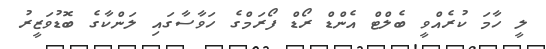
ލީ ހާމަ ކުރެއްވީ ބެލްޓް އެންޑް ރޯޑް ފޯރަމްގެ ހަވާސާގައި ލަންކާގެ ބޮޑުވަޒީރު